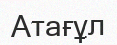
Атағұл